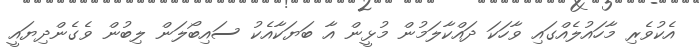
އެކުވެރި މާހައުލެއްގައި ވާހަކަ ދައްކާލަމުން މުޅީން އާ ބަޔަކާއެކު ސައިބޯލަން ލިބުން ވެގެންދިޔައީ